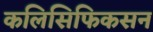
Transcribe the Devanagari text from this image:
कलिसिफिकसन